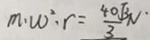
m \cdot w ^ { 2 } \cdot r = \frac { 4 0 \sqrt { 3 } \pi } { 3 }